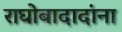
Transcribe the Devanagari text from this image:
राघोबादादांना